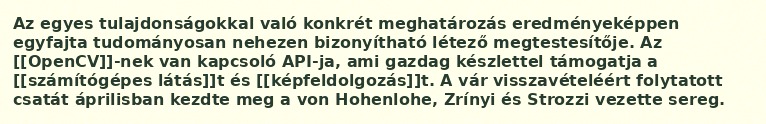
Az egyes tulajdonságokkal való konkrét meghatározás eredményeképpen egyfajta tudományosan nehezen bizonyítható létező megtestesítője. Az [[OpenCV]]-nek van kapcsoló API-ja, ami gazdag készlettel támogatja a [[számítógépes látás]]t és [[képfeldolgozás]]t. A vár visszavételéért folytatott csatát áprilisban kezdte meg a von Hohenlohe, Zrínyi és Strozzi vezette sereg.